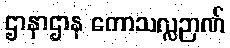
ဌာနာဌာန ကောသလ္လဉာဏ်